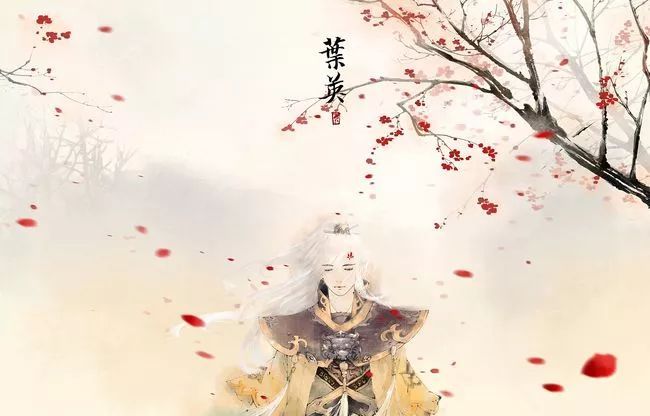
阳关万里道，不见一人归。